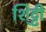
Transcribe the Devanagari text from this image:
शि्ट्टी